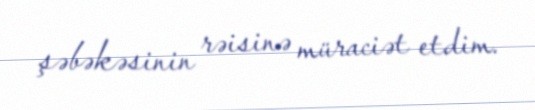
şəbəkəsinin rəisinə müraciət etdim.